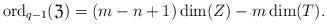
\begin{align*}\mathrm{ord}_{q-1}(\mathfrak{Z}) = (m-n+1)\dim(Z)-m\dim(T).\end{align*}